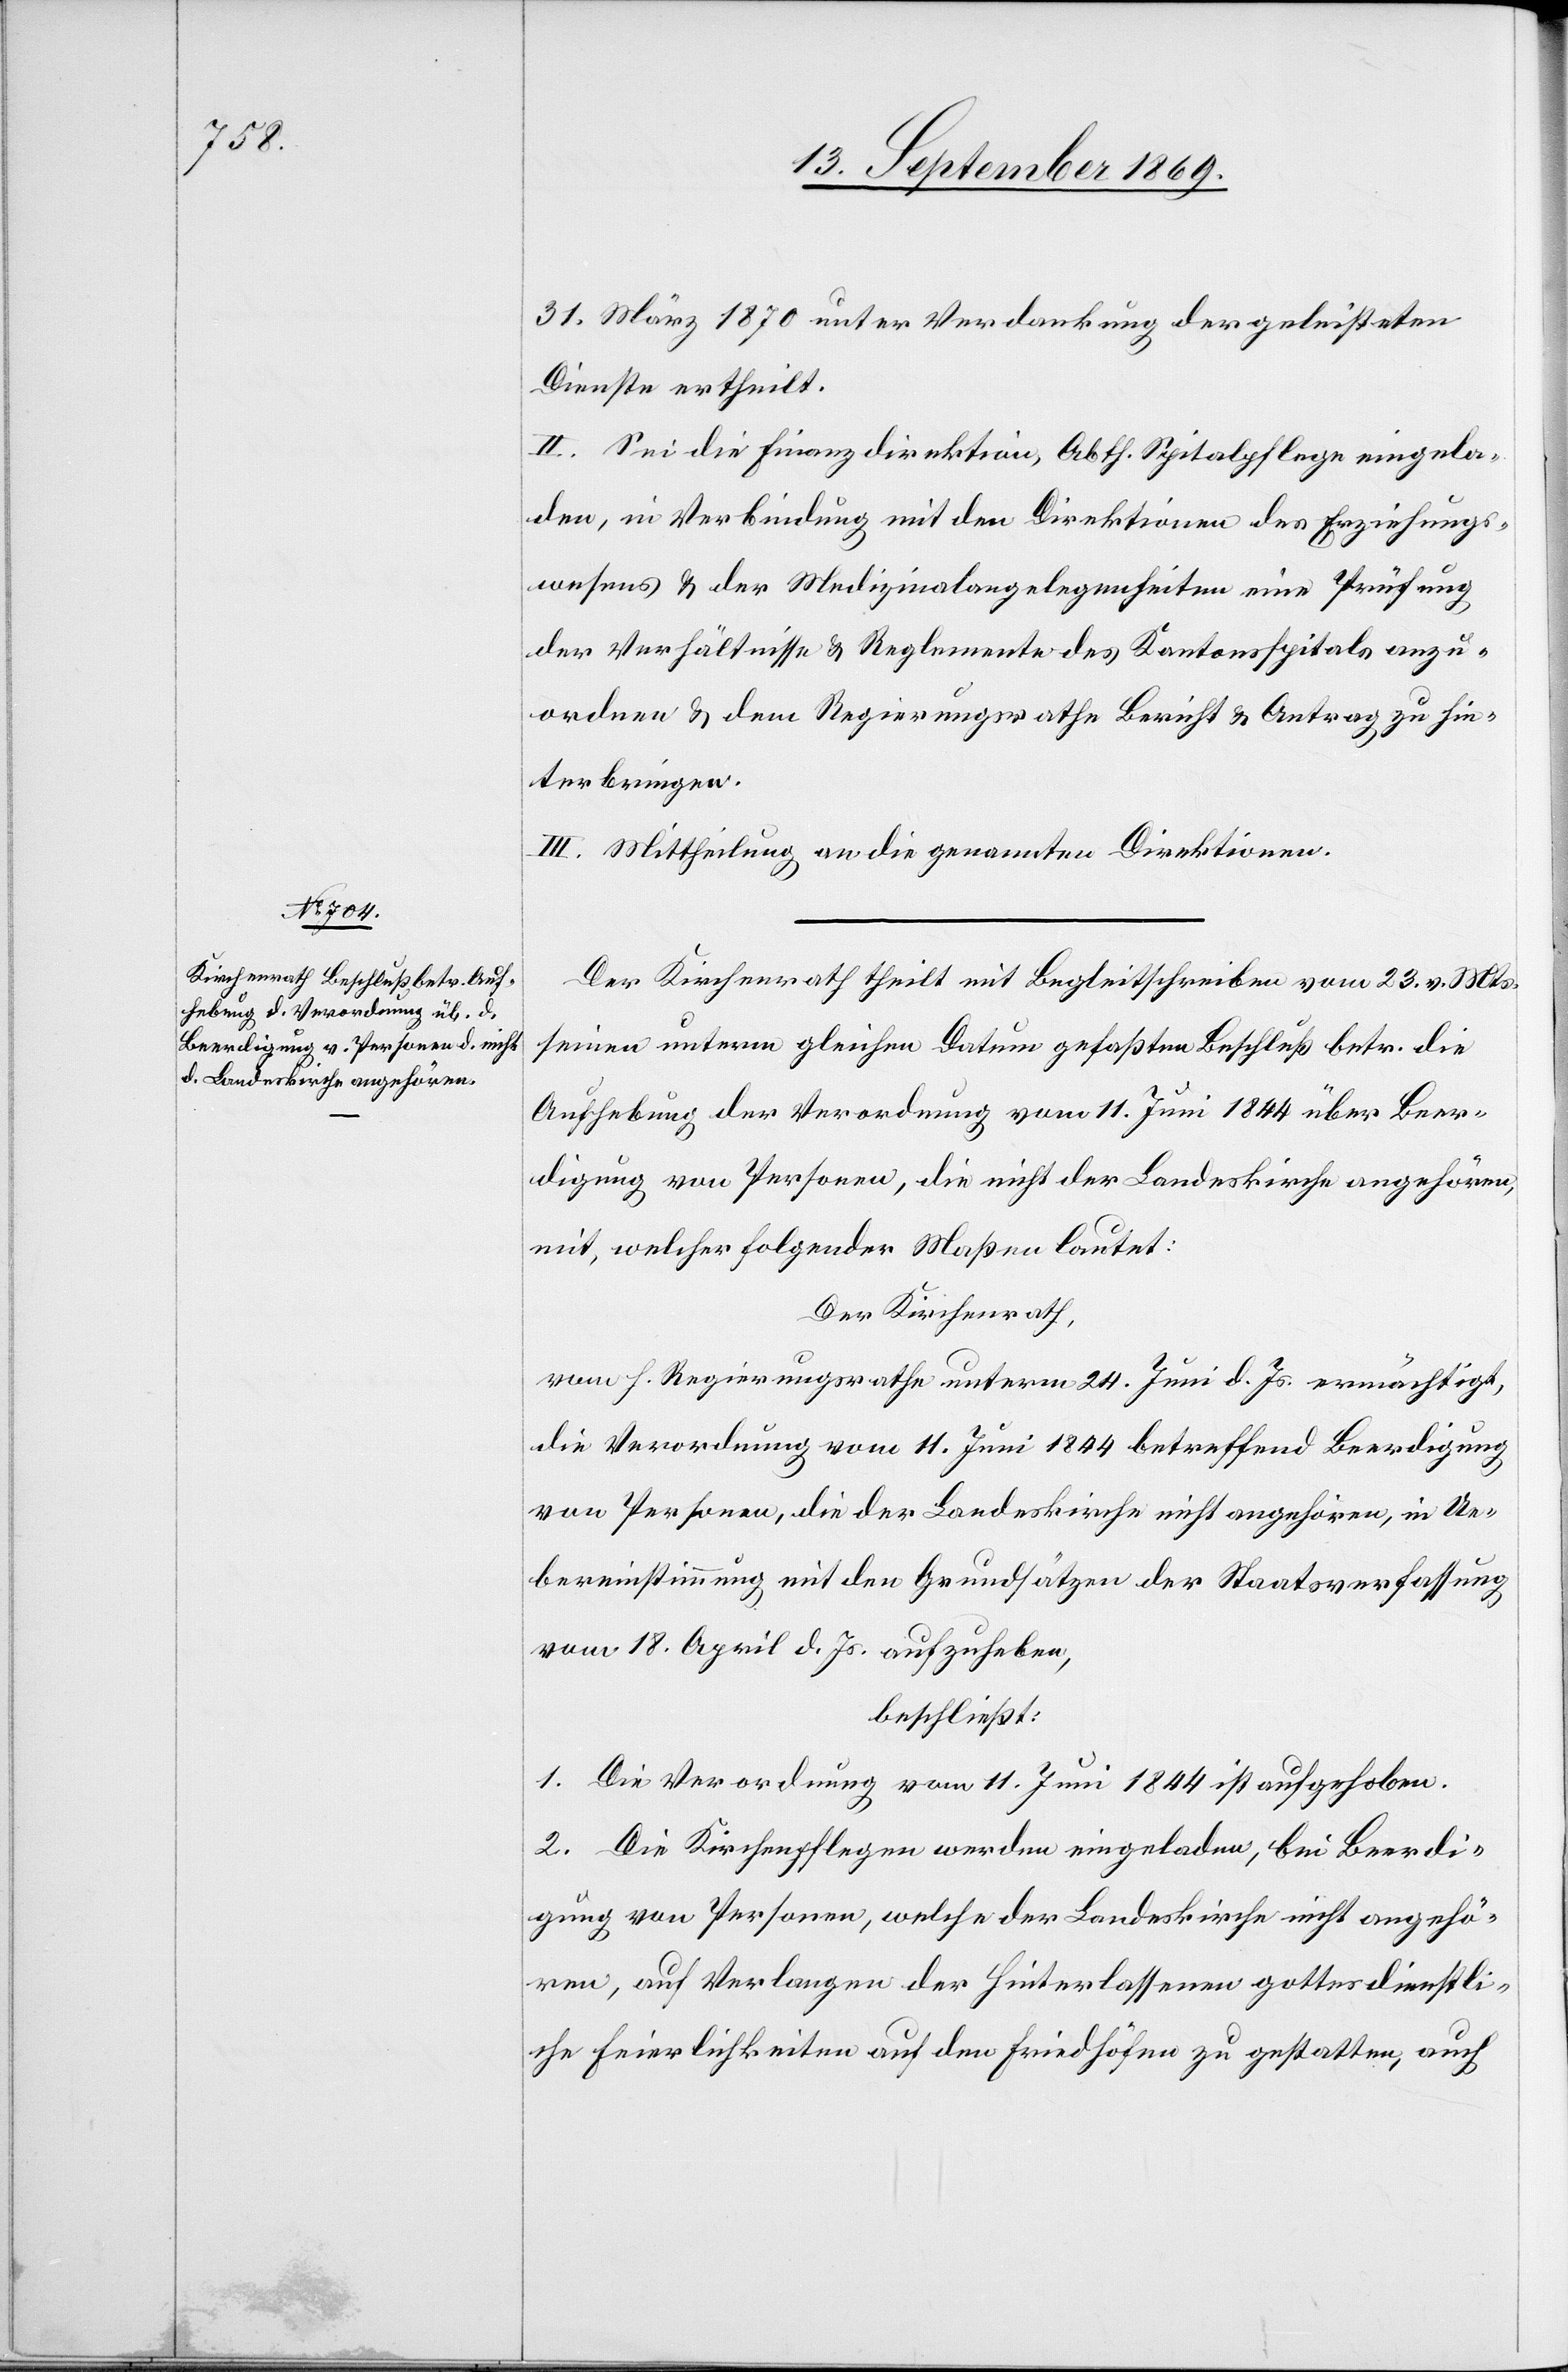
31. März 1870 unter Verdankung der geleisteten
Dienste ertheilt.
II. Sei die Finanzdirektion, Abth. Spitalpflege eingela¬
den, in Verbindung mit den Direktionen des Erziehungs¬
wesens & der Medizinalangelegenheiten eine Prüfung
der Verhältnisse & Reglemente des Kantonsspitals anzu¬
ordnen & dem Regierungsrathe Bericht & Antrag zu hin¬
terbringen.
III. Mittheilung an die genannten Direktionen.
Der Kirchenrath theilt mit Begleitschreiben vom 23. v. Mts.
seinen unterm gleichen Datum gefaßten Beschluß betr. die
Aufhebung der Verordnung vom 11. Juni 1844 über Beer¬
digung von Personen, die nicht der Landeskirche angehören,
mit, welcher folgender Maßen lautet:
Der Kirchenrath,
vom h. Regierungsrathe unterm 24. Juni d. Js. ermächtigt,
die Verordnung vom 11. Juni 1844 betreffend Beerdigung
von Personen, die der Landeskirche nicht angehören, in Ue¬
bereinstimmung mit den Grundsätzen der Staatsverfassung
vom 18. April d. Js. aufzuheben,
beschließt:
1. Die Verordnung vom 11. Juni 1844 ist aufgehoben.
2. Die Kirchenpflegen werden eingeladen, bei Beerdi¬
gung von Personen, welche der Landeskirche nicht angehö¬
ren, auf Verlangen der Hinterlassenen gottesdienstli¬
che Feierlichkeiten auf den Friedhöfen zu gestatten, auch